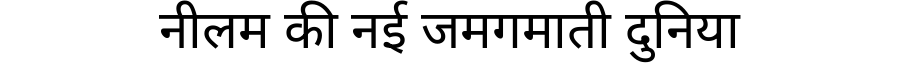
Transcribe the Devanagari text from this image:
नीलम की नई जमगमाती दुनिया